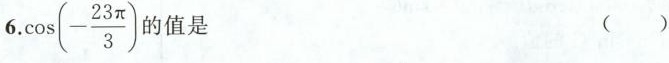
6. \cos(- \frac{23 \pi}{3})的值是 ()